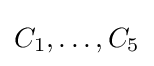
C_{1},\ldots ,C_{5}